Vaccination report Assam 1896-1927 - 1896-1927
Year: 1896
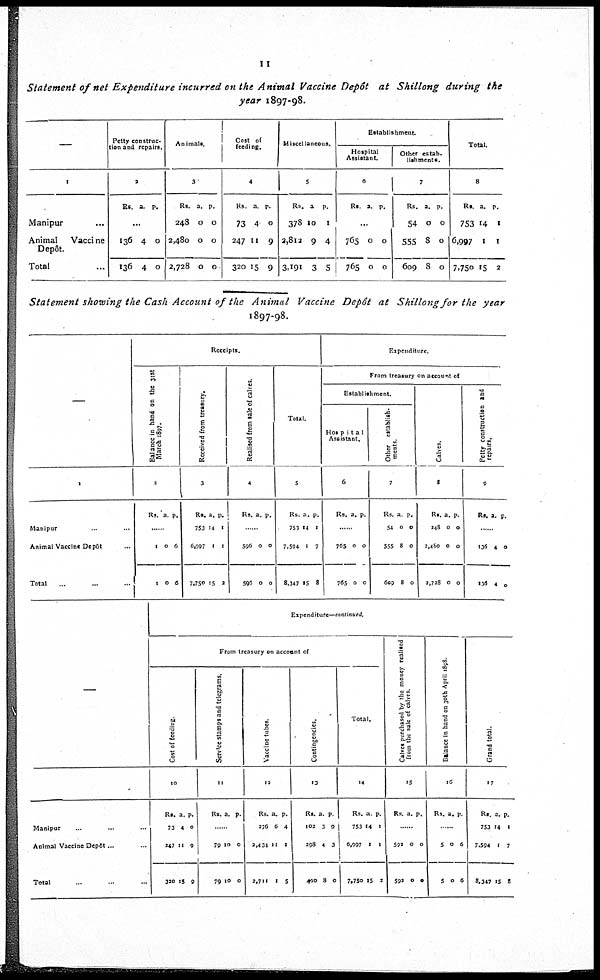
11
Statement of net Expenditure incurred on the Animal Vaccine Depôt at Shillong during the
year 1897-98.
—
1
Manipur ...
Animal
Vaccine
Depôt
Total ...
Petty construc-
tion and repairs.
2
Rs. a. p.
...
136
136
4
4
0
0
Animals.
3
Rs.
248
2,480
2,728
a.
0
0
0
p.
0
0
0
Cost of
fceding.
4
Rs.
73
247
320
a.
4
11
15
p.
0
9
9
Miscellaneous.
5
Rs.
378
2,812
3,191
a
10
9
3
p.
1
4
5
Establishment.
Hospital
Assistant.
6
Rs. a. p.
...
765
765
0
0
0
0
Other estab-
lishments.
7
Rs.
54
555
609
a.
0
8
8
p.
0
0
0
Total.
8
Rs.
753
6,997
7,750
a.
14
1
15
p.
1
1
2
Statement showing the Cash Account of the Animal Vaccine Depôt at Shillong for the year
1897-98.
—
1
Manipur ... ...
Animal Vaccine Depôt ...
Total ... ... ...
Receipts.
Balance in hand on the 31st
March 1897.
2
Rs. a. p.
....
1
1
0
0
6
6
Received from treasury.
3
Rs.
753
6,997
7,750
a.
14
1
15
p.
1
1
2
Realised from sale of calves.
4
Rs. a. p.
......
596
596
0
0
0
0
Total.
5
Rs.
753
7,594
8,347
a.
14
1
15
p.
1
7
8
Expenditure.
From treasury on account of
Establishment.
Hospita1
Assistant.
6
Rs. a. p.
......
765
765
0
0
0
0
Other establish-
ments.
7
Rs.
54
555
609
a.
0
8
8
p.
0
0
0
Calves.
8
Rs.
248
2,480
2,728
a.
0
0
0
p.
0
0
0
Petty construction and
repairs.
9
Rs. a. p.
......
136
136
4
4
0
0
—
Manipur ... ... ...
Animal Vaccine Depôt...
Total ... ... ...
Expenditure—continued.
From treasury on account of
Cost of feeding.
10
Rs.
73
247
320
a.
4
11
15
p.
0
9
9
Service stamps and telegrams.
11
Rs. a. p.
...
79
79
10
10
0
0
Vaccine tubes.
12
Rs.
276
2,434
2,711
a.
6
11
1
p.
4
1
5
Contingencies.
13
Rs.
102
298
400
a.
3
4
8
p.
9
3
0
Total.
14
Rs.
753
6,997
7,750
a.
14
1
15
p.
1
1
2
Calves purchased by the money realised
from the sale of calves.
15
Rs. a. p.
......
592
592
0
0
0
0
Balance in hand on 30th April 1898
16
Rs. a. p.
......
5
5
0
0
6
6
Grand total.
17
Rs.
753
7,594
8,347
a.
14
1
15
p.
1
7
8